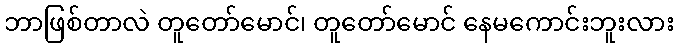
ဘာဖြစ်တာလဲ တူတော်မောင်၊ တူတော်မောင် နေမကောင်းဘူးလား